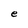
Character: e